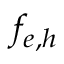
f _ { e , h }